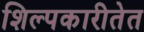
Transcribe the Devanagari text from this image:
शिल्पकारीतेत